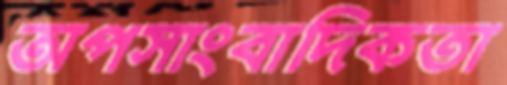
অপসাংবাদিকতা